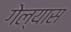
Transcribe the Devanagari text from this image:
गेल्‍यास